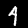
Label: 4